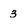
Character: 3